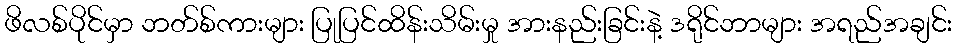
ဖိလစ်ပိုင်မှာ ဘတ်စ်ကားများ ပြုပြင်ထိန်းသိမ်းမှု အားနည်းခြင်းနဲ့ ဒရိုင်ဘာများ အရည်အချင်း